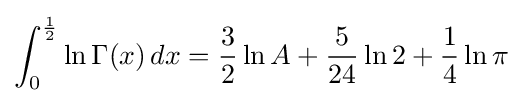
\int _{0}^{\frac {1}{2}}\ln \Gamma (x)\,dx={\frac {3}{2}}\ln A+{\frac {5}{24}}\ln 2+{\frac {1}{4}}\ln \pi